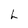
Character: L